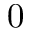
0